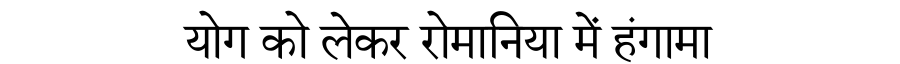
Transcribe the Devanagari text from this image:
योग को लेकर रोमानिया में हंगामा